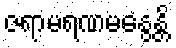
ဇရာမရဏမနွေန္တိ